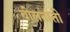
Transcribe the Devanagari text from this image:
बोलताती